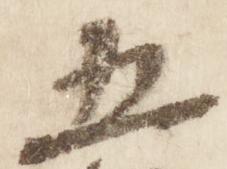
五